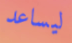
ليساعد